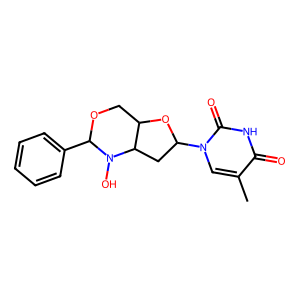
SMILES: Cc1cn(C2CC3C(COC(c4ccccc4)N3O)O2)c(=O)[nH]c1=O
Inhibits HIV replication: No